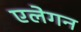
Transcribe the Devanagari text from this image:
एलेगन